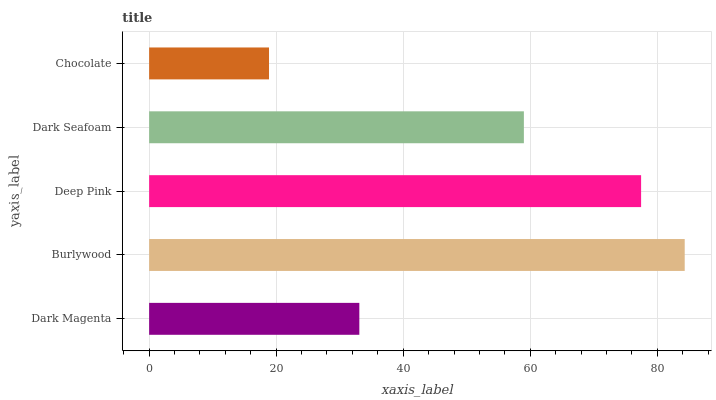
| yaxis_label | bars |
 | --- | --- |
 | Dark Magenta | 33.1 |
 | Burlywood | 84.3 |
 | Deep Pink | 77.5 |
 | Dark Seafoam | 59 |
 | Chocolate | 18.9 |